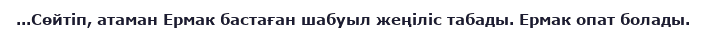
...Сөйтіп, атаман Ермак бастаған шабуыл жеңіліс табады. Ермак опат болады.